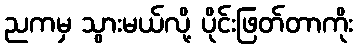
ညကမှ သွားမယ်လို့ ပိုင်းဖြတ်တာကိုး